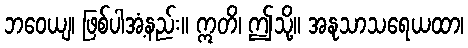
ဘဝေယျ၊ ဖြစ်ပါအံ့နည်း။ ဣတိ၊ ဤသို့။ အနုသာသရေယထာ၊